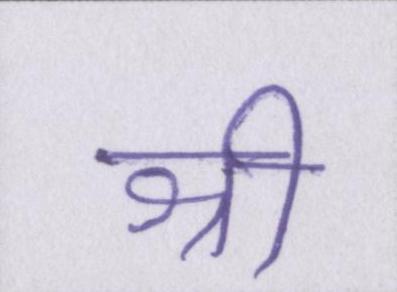
श्री